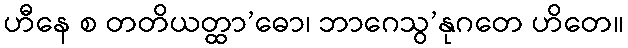
ဟီနေ စ တတိယတ္ထာ’ဓော၊ ဘာဂေသွ’နုဂတေ ဟိတေ။